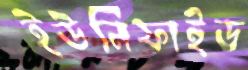
ইউনিফাইড